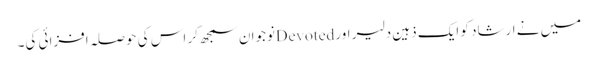
میں نے ارشاد کو ایک ذہین دلیر اور Devotedنوجوان سمجھ کر اس کی حوصلہ افزائی کی۔